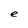
Character: e